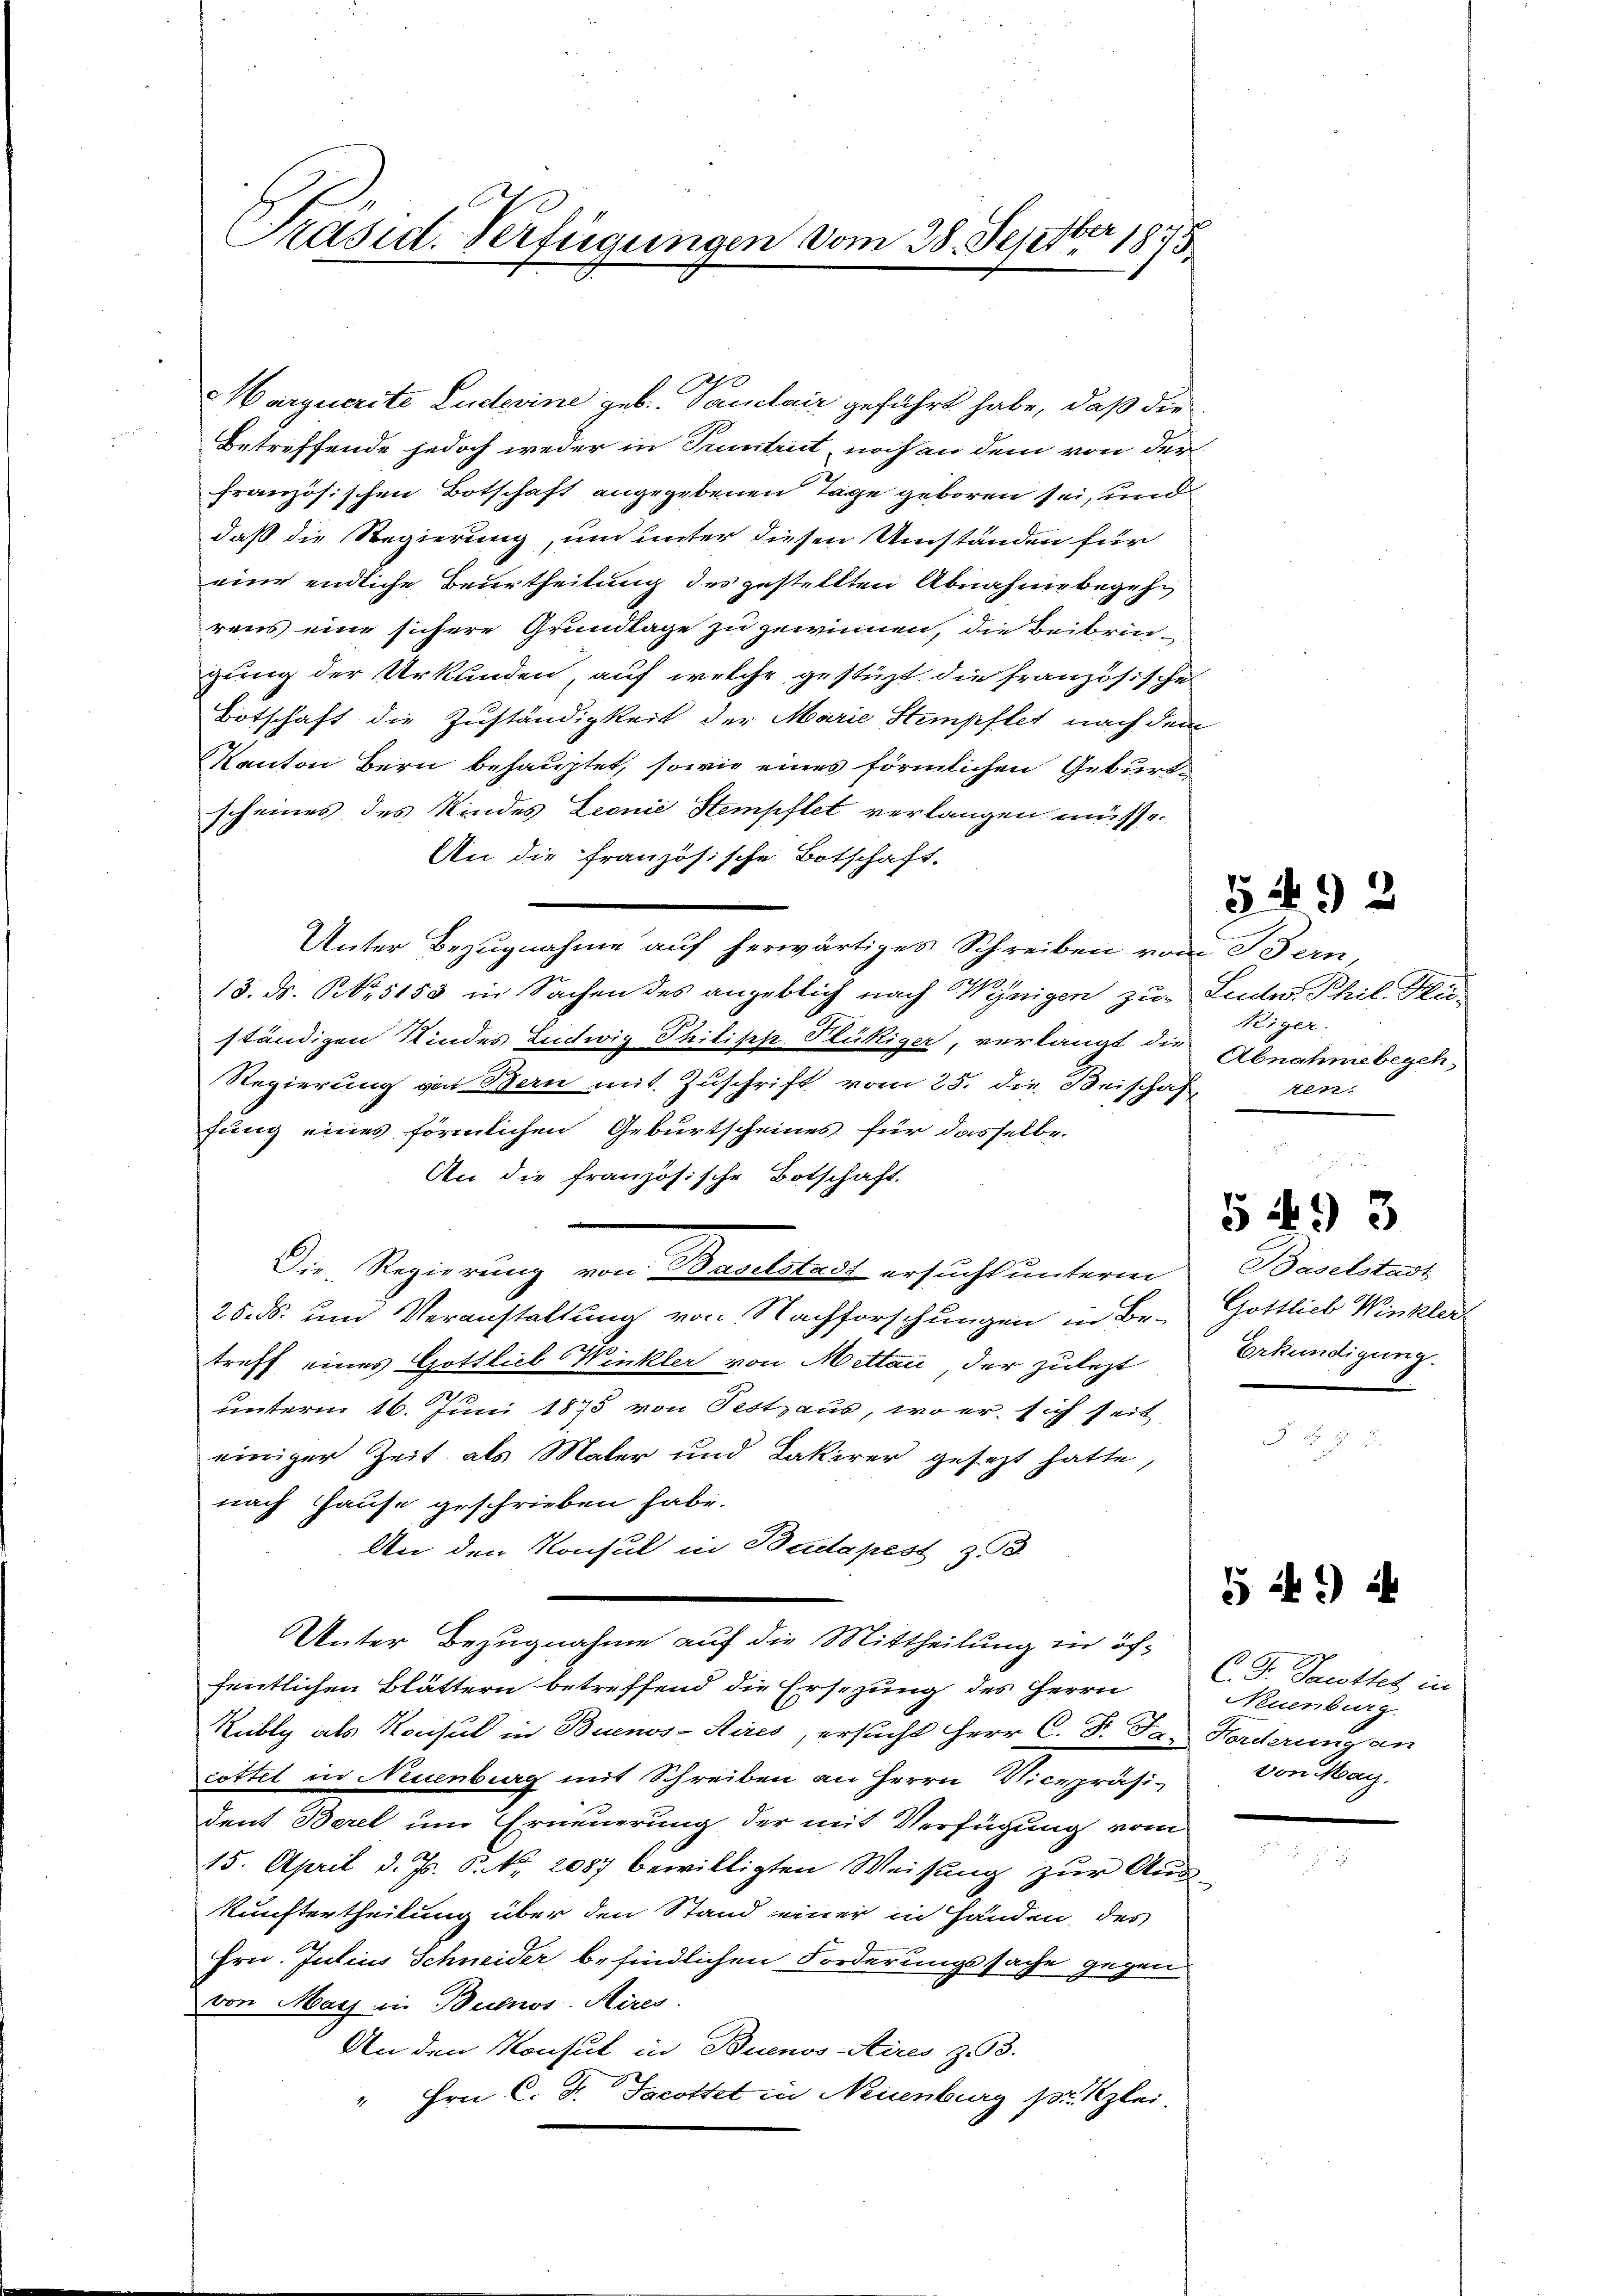
Präsid. Verfügungen vom 28. Septber 1875

Marquerite Luderine geb. Paulair geführt habe, daß die
Betreffende jedoch weder in Tuntrut, noch an dem von der
französischen Botschaft angegebenen Tage geboren sei, und
daß die Regierung, und unter diesen Umständen für
eine endliche Beurtheilung des gestellten Abnahme begehrens eine sichere Grundlage zu gewinnen, die Beibringung der Urkunden, auf welche gestüzt die französische
Botschaft die Zuständigkeit der Marie Stempftet nach dem
Kanton Bern behauptet, sowie eines förmlichen Geburtscheines des Kindes Leonie Stempflet verlangen müsse.
An die französische Botschaft.
Unter Bezugnahme auf herwärtiges Schreiben vom Bern,
13. ds. Br5155 in Sachen des angeblich nach Wenigen zu Ludw. Phil. Au
ständigen Kindes Ludwig Philipp Plükiger, verlangt die Abnahmebegeh¬
Regierung von Bern mit Zuschrift vom 25. die Beischaft ren-
fung eines förmlichen Geburtscheines für dasselbe.
An die französische Botschaft.
Die Regierung von Baselstadt ersucht unterm
25. ds. um Veranstaltung von Nachforschungen in Br. Gottlieb Winkler
treff eines Gottlieb Winkler von Mittai, der zulezt
2
unterm 16. Juni 1875 von Festhaus, wo er sich seit
einiger Zeit als Maler und Lakirer gesezt hatte,
nach Hause geschrieben habe.
An den Konsul in Budapest z
Unter Bezugnahme auf die Mittheilung in öffentlichen Blättern betreffend die Ersezung des Herrn
Rubly als Konsul in Buenos-Aires, ersucht Herr C. J. Ja. Forderung an
cottel in Neuenburg mit Schreiben an Herrn Vicepräsi¬
Dent Berel um Erneuerung der mit Verfügung vom
15. April d. Js. P. Nr. 2087 bewilligten Weisung zur Aus-
kunftertheilung über den Stand einer in Händen des
Hrn. Julius Schneider befindlichen Forderungssache gegen
von May in Buenos-Aires.
An den Konsul in Buenos Aires z. 93.
" Hrn. C. F. Scotht in Neuenburg pr. Klei¬

Weiger.

5492

Baselstadt
Erkundigung.

5493

5 *) i

C. J. Jacottes in
Neuenburg
von Marz.